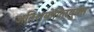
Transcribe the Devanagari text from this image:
अतिशयोक्‍तियुक्‍त